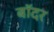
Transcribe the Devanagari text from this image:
बॉदर